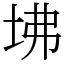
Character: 坲